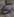
Text: 6